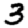
Digit: 3